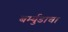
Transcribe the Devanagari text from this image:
बर्म्युडाचा